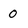
Character: 0